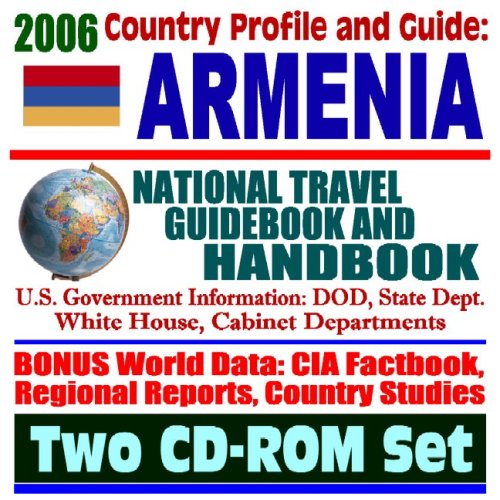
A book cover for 2006 Country Profile and Guide to Armenia: National Travel Guidebook and Handbook:  Armenian Diaspora, Earthquake, Armenia-Azerbaijan Conflict, USAID Reports (Two CD-ROM Set); U.S. Government; Travel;